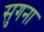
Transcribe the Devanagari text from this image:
सुगना